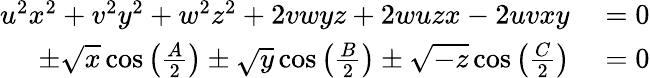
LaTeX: \begin{array}{rl}{u^{2}x^{2}+v^{2}y^{2}+w^{2}z^{2}+2vwyz+2wuzx-2uvxy}&{{}=0}\\ {\pm{\sqrt{x}}\cos\left({\frac{A}{2}}\right)\pm{\sqrt{y}}\cos\left({\frac{B}{2}}\right)\pm{\sqrt{-z}}\cos\left({\frac{C}{2}}\right)}&{{}=0}\end{array}